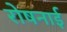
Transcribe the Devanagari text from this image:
रोषनाई